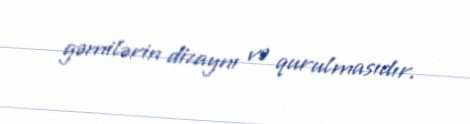
gəmilərin dizaynı və qurulmasıdır.